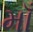
માઁ